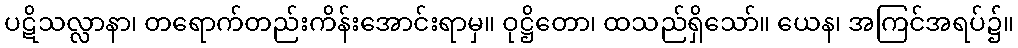
ပဋိသလ္လာနာ၊ တရောက်တည်းကိန်းအောင်းရာမှ။ ဝုဋ္ဌိတော၊ ထသည်ရှိသော်။ ယေန၊ အကြင်အရပ်၌။